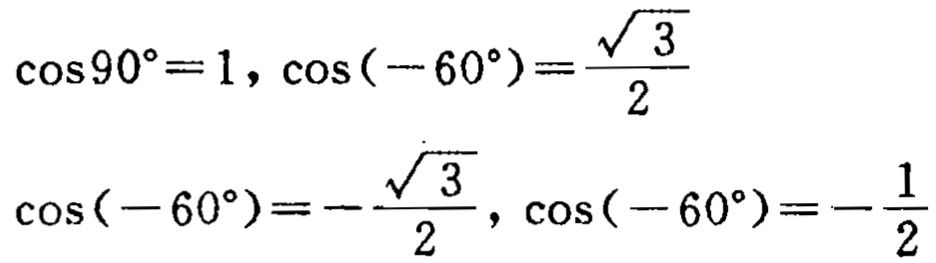
\(\cos90^{\circ}=1,\cos(-60^{\circ})=\frac{\sqrt{3}}{2}\)
\(\cos(-60^{\circ})=-\frac{\sqrt{3}}{2},\cos(-60^{\circ})=-\frac{1}{2}\)